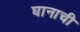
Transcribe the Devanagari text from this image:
घानाची